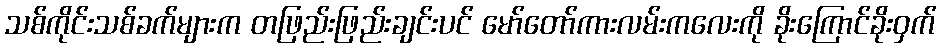
သစ်ကိုင်းသစ်ခက်များက တဖြည်းဖြည်းချင်းပင် မော်တော်ကားလမ်းကလေးကို ခိုးကြောင်ခိုးဝှက်